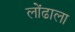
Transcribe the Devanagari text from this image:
लोंढाला